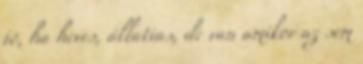
jó, ha heves, állatias, de van amikor az sem